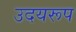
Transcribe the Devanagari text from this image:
उदयरूप